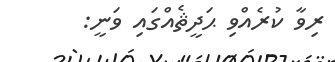
ރިވާ ކުރެއްވި ޙަދީޘެއްގައި ވަނީ: